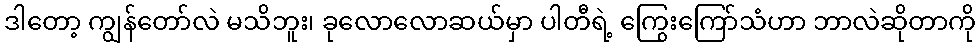
ဒါတော့ ကျွန်တော်လဲ မသိဘူး၊ ခုလောလောဆယ်မှာ ပါတီရဲ့ ကြွေးကြော်သံဟာ ဘာလဲဆိုတာကို